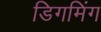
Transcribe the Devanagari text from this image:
डिगमिंग